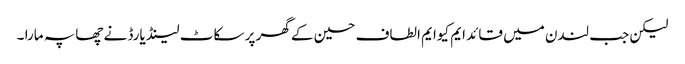
لیکن جب لندن میں قائد ایم کیوایم الطاف حسین کے گھر پر سکاٹ لینڈ یارڈ نے چھاپہ مارا ۔